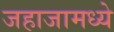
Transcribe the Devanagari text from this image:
जहाजामध्ये